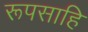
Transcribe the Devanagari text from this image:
रूपसाहि